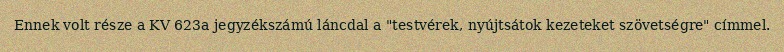
Ennek volt része a KV 623a jegyzékszámú láncdal a "testvérek, nyújtsátok kezeteket szövetségre" címmel.